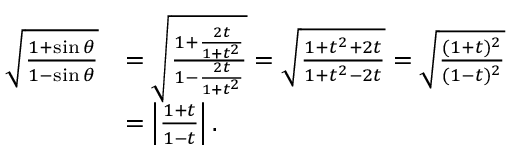
{ \begin{array} { r l } { { \sqrt { \frac { 1 + \sin \theta } { 1 - \sin \theta } } } } & { = { \sqrt { \frac { 1 + { \frac { 2 t } { 1 + t ^ { 2 } } } } { 1 - { \frac { 2 t } { 1 + t ^ { 2 } } } } } } = { \sqrt { \frac { 1 + t ^ { 2 } + 2 t } { 1 + t ^ { 2 } - 2 t } } } = { \sqrt { \frac { ( 1 + t ) ^ { 2 } } { ( 1 - t ) ^ { 2 } } } } } \\ & { = \left| { \frac { 1 + t } { 1 - t } } \right| . } \end{array} }